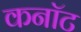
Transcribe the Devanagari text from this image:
कनाॅट